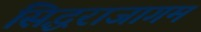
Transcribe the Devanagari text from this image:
सिद्धराजागम